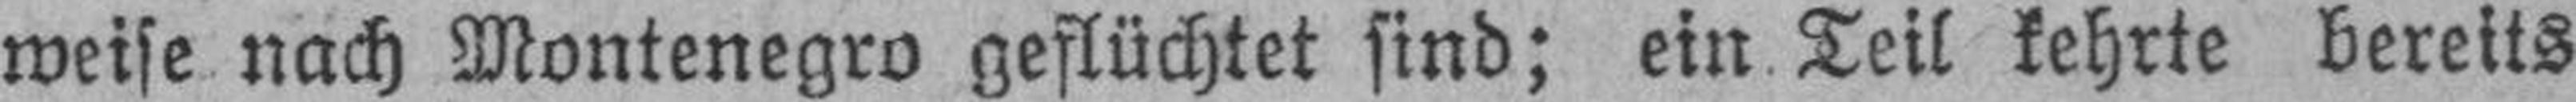
weise nach Montenegro geflüchtet sind; ein Teil kehrte bereits